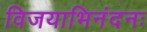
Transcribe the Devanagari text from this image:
विजयाभिनंदनः